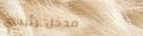
مدخل رئيسي